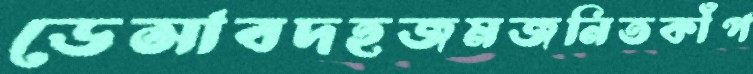
ডেসাবদহজমজনিতকাঁপ